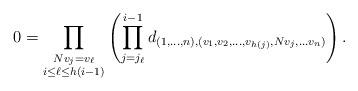
LaTeX: \begin{align*}\begin{aligned}0&=\prod_{\substack{Nv_j=v_{\ell}\\i\leq\ell\leq h(i-1)}}\left( \prod_{j=j_{\ell}}^{i-1} {d_{(1,\ldots, n),(v_1, v_2,\ldots,v_{h(j)},Nv_j , \ldots v_n)}}\right).\end{aligned}\end{align*}